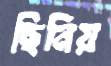
ছিনিয়